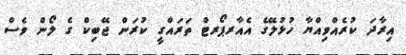
އިރާދަ ކުރެއްވިއްޔާ ހުޅުލޭގެ އެއާރޕޯރޓް ތަރައްގީ ކުރަން ޖޭބިކް ގެ ލޯން ވެސް